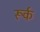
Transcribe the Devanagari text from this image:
रूर्क